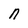
Character: n